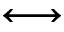
\longleftrightarrow